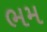
ભમ